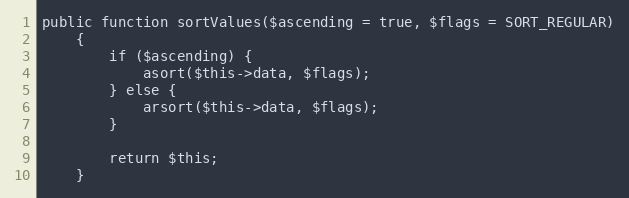
Language: PHP
public function sortValues($ascending = true, $flags = SORT_REGULAR)
    {
        if ($ascending) {
            asort($this->data, $flags);
        } else {
            arsort($this->data, $flags);
        }

        return $this;
    }